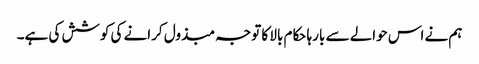
ہم نے اس حوالے سے بارہا حکام بالا کا توجہ مبذول کرانے کی کوشش کی ہے۔